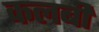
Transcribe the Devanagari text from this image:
कलबी